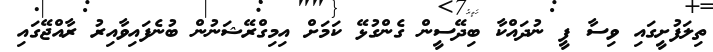
ތިލަފުށީގައި ވިސާ ފީ ނުދައްކާ ބިދޭސީން ގެންގުޅޭ ކަމަށް އިމިގްރޭޝަނުން ބުނެފައިވާއިރު ރާއްޖޭގައި